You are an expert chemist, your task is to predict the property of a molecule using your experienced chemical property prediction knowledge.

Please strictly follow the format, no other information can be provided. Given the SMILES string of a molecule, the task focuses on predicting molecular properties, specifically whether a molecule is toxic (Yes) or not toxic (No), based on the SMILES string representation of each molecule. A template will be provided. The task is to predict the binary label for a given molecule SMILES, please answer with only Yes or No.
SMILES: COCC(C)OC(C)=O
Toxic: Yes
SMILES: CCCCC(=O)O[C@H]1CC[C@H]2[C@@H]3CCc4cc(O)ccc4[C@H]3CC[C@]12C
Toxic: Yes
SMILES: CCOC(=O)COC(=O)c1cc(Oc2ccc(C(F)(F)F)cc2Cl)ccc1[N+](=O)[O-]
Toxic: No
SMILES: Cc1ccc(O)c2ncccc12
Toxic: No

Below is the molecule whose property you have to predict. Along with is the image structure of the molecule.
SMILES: CN1C(=O)CN2CCc3ccccc3C2c2cc(Cl)ccc21
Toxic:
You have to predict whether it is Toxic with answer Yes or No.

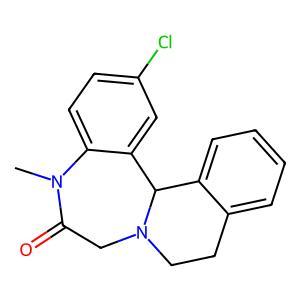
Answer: No